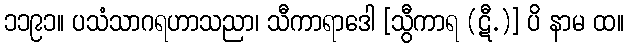
၁၁၉၁။ ပသံသာဂရဟာသညာ၊ သီကာရာဒေါ [သွီကာရ (ဋီ.)] ပိ နာမ ထ။